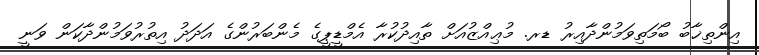
އިންތިޚާބު ބޯމަތިވަމުންދާއިރު ޑރ. މުޢިއްޒުއަށް ތާއިދުކުރާ އެމްޑީޕީގެ މެންބަރުންގެ އަދަދު އިތުރުވަމުންދާކަން ވަނީ